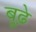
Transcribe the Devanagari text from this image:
बूढ़े़